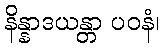
နိန္နာဒယန္တာ ပဝနံ၊